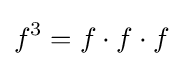
f^{3}=f\cdot f\cdot f